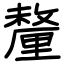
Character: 釐